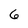
Character: 6